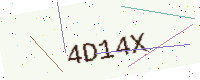
Text: 4D14X